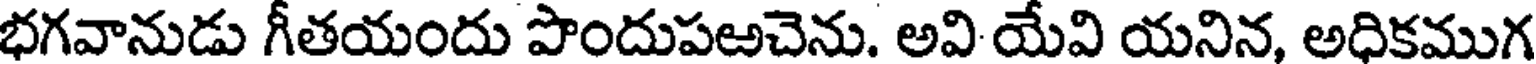
భగవానుడు గీతయందు పొందుపఱచెను. అవి యేవి యనిన, అధికముగ